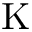
\mathrm { K }